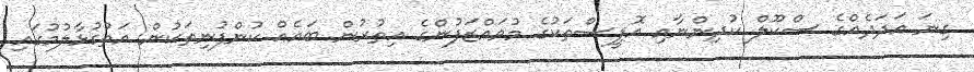
ގިނަ އަދަދެއްގެ ސްކޫލް ކުދިންނާއި އޮފީސްތަކުގެ މުވައްޒަފުންގެ އިތުރުން ބައެއް ކުންފުނިތަކުން އަތުގުޅާލުމުގައި